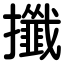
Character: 攕